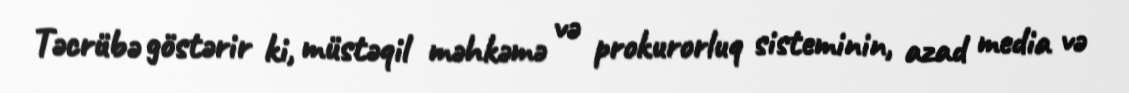
Təcrübə göstərir ki, müstəqil məhkəmə və prokurorluq sisteminin, azad media və